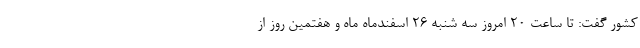
کشور گفت: تا ساعت ۲۰ امروز سه شنبه ۲۶ اسفندماه ماه و هفتمین روز از